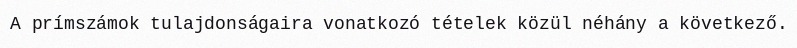
A prímszámok tulajdonságaira vonatkozó tételek közül néhány a következő.